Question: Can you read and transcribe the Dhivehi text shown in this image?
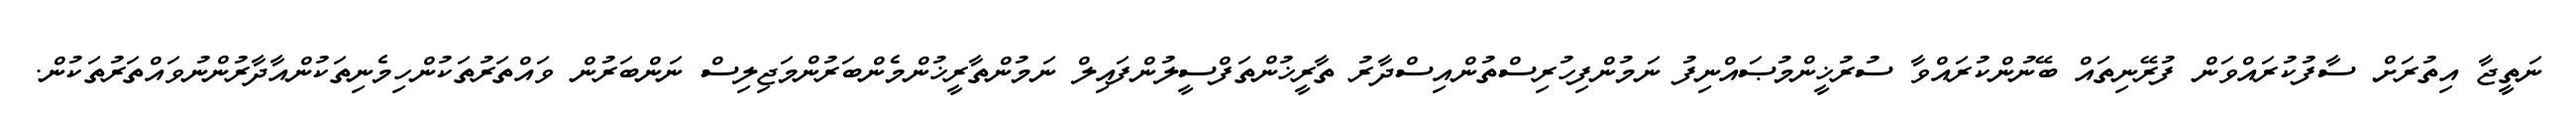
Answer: ނަތީޖާ އިތުރަށް ސާފުކުރައްވަން ފުރޭނިތައް ބޭނުންކުރައްވާ ސުރުޚީންމުޞައްނިފު ނަމުންފިހުރިސްތުންއިސްދާރު ތާރީޚުންތަފްސީލުންފައިލް ނަމުންތާރީޚުންމެންބަރުންމަޖިލިސް ނަންބަރުން ވައްތަރުތަކުންހިމެނިތަކުންއާދާރުންނުވައްތަރުތަކުން.